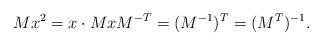
LaTeX: \begin{align*}M x^2 = x \cdot Mx M^{-T} = (M^{-1})^T = (M^T)^{-1}.\end{align*}